Language: tamil
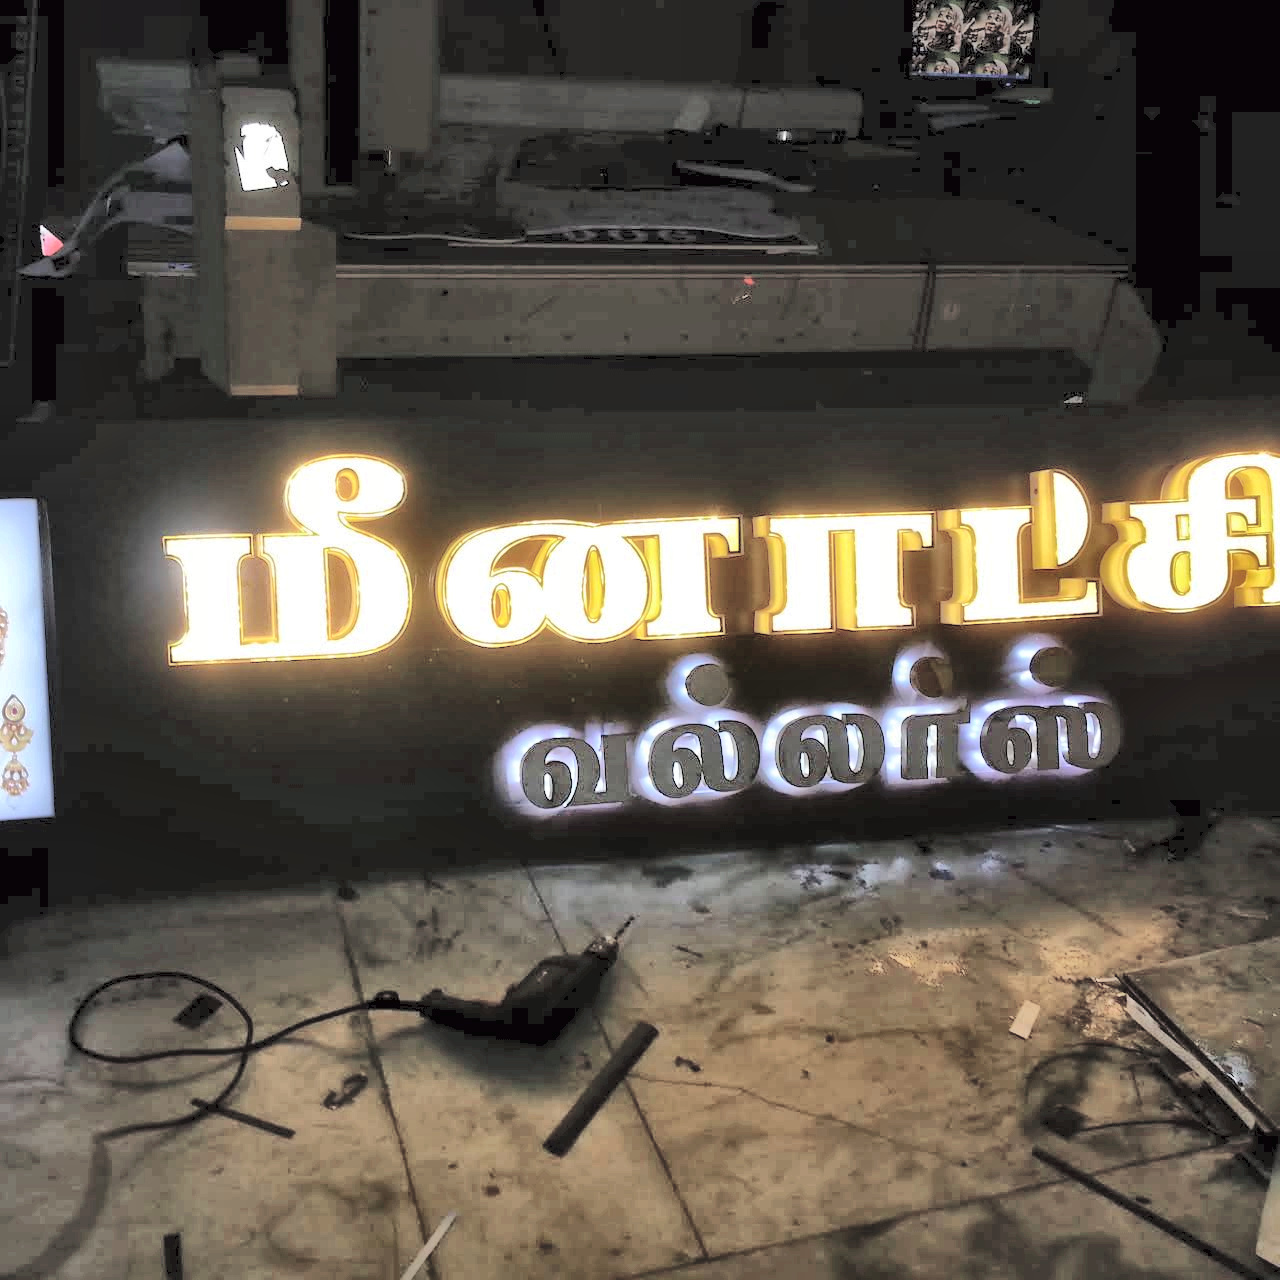
Transcription: மீனாட்சி வல்லா்ஸ்